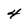
Character: 4